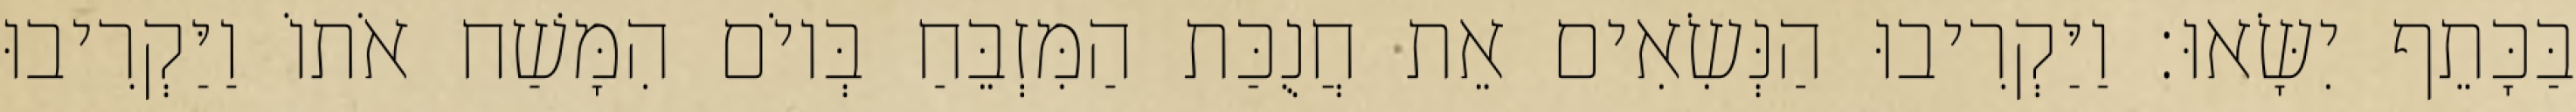
בַּכָּתֵף יִשָּׂאוּ׃ וַיַּקְרִיבוּ הַנְּשִׂאִים אֵת חֲנֻכַּת הַמִּזְבֵּחַ בְּיוֹם הִמָּשַׁח אֹתוֹ וַיַּקְרִיבוּ